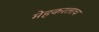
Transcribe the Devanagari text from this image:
मेहकरलाच